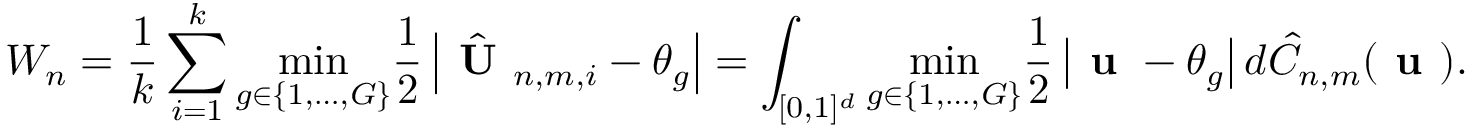
W _ { n } = \frac { 1 } { k } \sum _ { i = 1 } ^ { k } \underset { g \in \{ 1 , \dots , G \} } { \operatorname* { m i n } } \frac { 1 } { 2 } \left| \hat { \textbf { U } } _ { n , m , i } - \theta _ { g } \right| = \int _ { [ 0 , 1 ] ^ { d } } \underset { g \in \{ 1 , \dots , G \} } { \operatorname* { m i n } } \frac { 1 } { 2 } \left| \textbf { u } - \theta _ { g } \right| d \hat { C } _ { n , m } ( \textbf { u } ) .